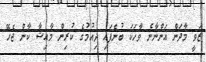
ޒަވީ މާދަން އަންނާނެ ވާހަކަ ބުނެފައި ދިއުމުގެ ކުރިން މާއިޝާ ކާން ޖެހޭ